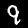
Label: 9